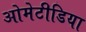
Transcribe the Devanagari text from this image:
ओमेटीडिया